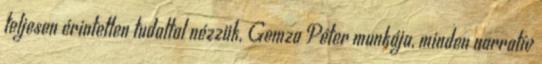
teljesen érintetlen tudattal nézzük, Gemza Péter munkája, minden narratív